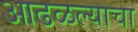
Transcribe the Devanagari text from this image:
आढळल्याचा